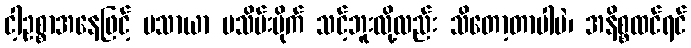
ငါ့ဥစ္စာအနေဖြင့် မသာယာ မသိမ်းပိုက် သင့်ဘူးလို့လည်း သိတော့တာပါပဲ၊ အနိစ္စထင်ရင်